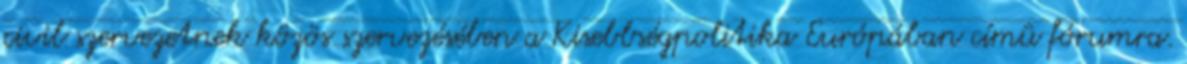
civil szervezetnek közös szervezésében a Kisebbségpolitika Európában címû fórumra.